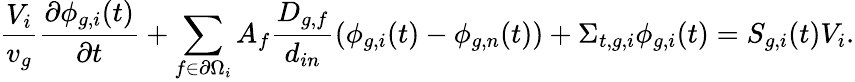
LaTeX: \frac{V_{i}}{v_{g}}\frac{\partial\phi_{g,i}(t)}{\partial t}+\sum_{f\in\partial\Omega_{i}}A_{f}\frac{D_{g,f}}{d_{in}}\left(\phi_{g,i}(t)-\phi_{g,n}(t)\right)+\Sigma_{t,g,i}\phi_{g,i}(t)=S_{g,i}(t)V_{i}.